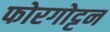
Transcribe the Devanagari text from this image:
फोरगोट्टन